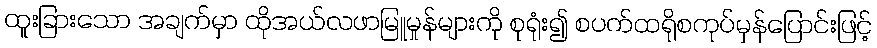
ထူးခြားသော အချက်မှာ ထိုအယ်လဖာမြူမှုန်များကို စုရုံး၍ စပက်ထရိုစကုပ်မှန်ပြောင်းဖြင့်